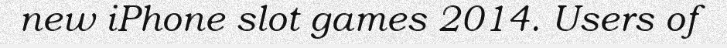
new iPhone slot games 2014. Users of